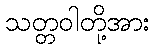
သတ္တဝါတို့အား